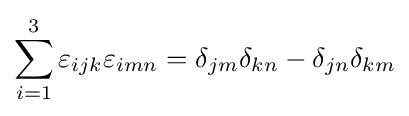
\sum _{i=1}^{3}\varepsilon _{ijk}\varepsilon _{imn}=\delta _{jm}\delta _{kn}-\delta _{jn}\delta _{km}